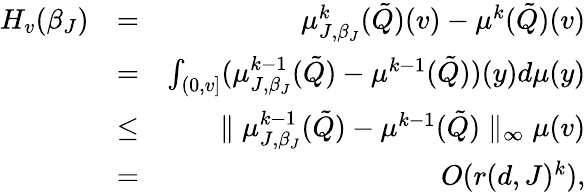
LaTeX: \begin{array}{rlr}{H_{v}(\beta_{J})}&{=}&{\mu_{J,\beta_{J}}^{k}(\tilde{Q})(v)-\mu^{k}(\tilde{Q})(v)}\\ &{=}&{\int_{(0,v]}(\mu_{J,\beta_{J}}^{k-1}(\tilde{Q})-\mu^{k-1}(\tilde{Q}))(y)d\mu(y)}\\ &{\leq}&{\parallel\mu_{J,\beta_{J}}^{k-1}(\tilde{Q})-\mu^{k-1}(\tilde{Q})\parallel_{\infty}\mu(v)}\\ &{=}&{O(r(d,J)^{k}),}\end{array}